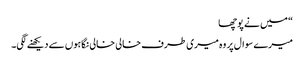
“ میں نے پوچھا
میرے سوال پر وہ میری طرف خالی خالی نگاہوں سے دیکھنے لگی۔